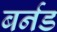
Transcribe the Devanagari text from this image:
बर्नड